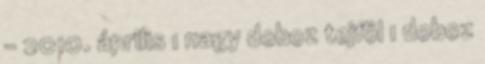
- 2010. április 1 nagy doboz tejföl 1 doboz